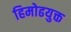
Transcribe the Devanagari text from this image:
हिमोढयुक्त